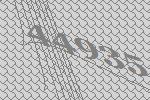
44935